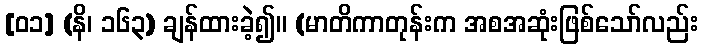
[၀၁] (နိ၊ ၁၆၃) ချန်ထားခဲ့၍။ (မာတိကာတုန်းက အစအဆုံးဖြစ်သော်လည်း